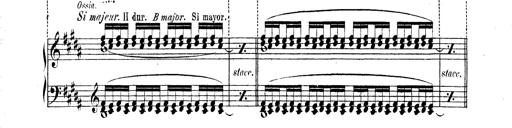
Title: Technische Studien
Composer: Franz Liszt